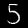
Label: 5